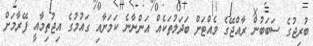
ބުރިޖުގެ ސަބަބުން ރާއްޖޭގެ ވެއްޓަށް ބަދަލުތަކެއް އަންނާނެ ކަމަށާއި ގައުމުގެ އިޖުތިމާއީ ފޭރާމަށް